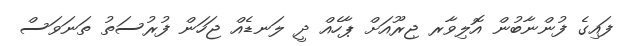
ފައިގެ ފުންނާބުން އޮލިވާރ ޖިރޫއަށް ޕާހެއް ދީ ލަނޑެއް ޖަހަން ފުރުސަތު ތަނަވަސް